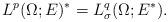
LaTeX: \begin{align*}L^p(\Omega;E)^* = L^q_{\sigma}(\Omega; E^*).\end{align*}